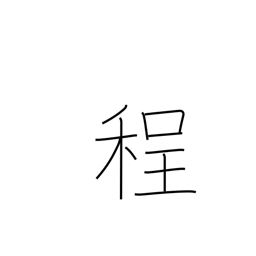
Meaning: degree